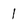
Character: 1